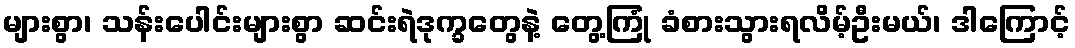
များစွာ၊ သန်းပေါင်းများစွာ ဆင်းရဲဒုက္ခတွေနဲ့ တွေ့ကြုံ ခံစားသွားရလိမ့်ဦးမယ်၊ ဒါကြောင့်